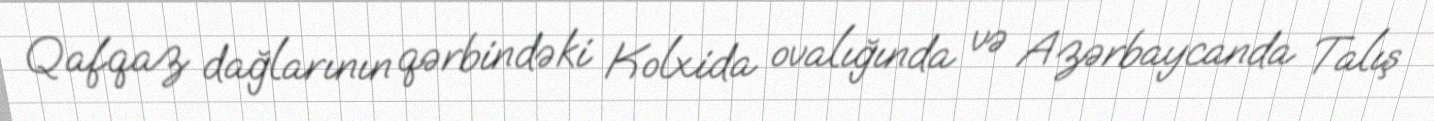
Qafqaz dağlarının qərbindəki Kolxida ovalığında və Azərbaycanda Talış